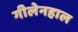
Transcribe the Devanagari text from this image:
गीलेनहाल